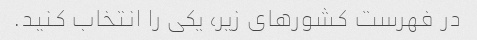
در فهرست کشورهای زیر، یکی را انتخاب کنید.